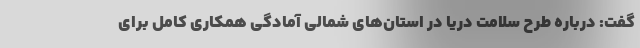
گفت: درباره طرح سلامت دریا در استان‌های شمالی آمادگی همکاری کامل برای